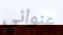
عنواني